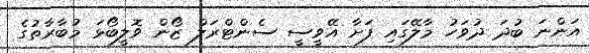
އަންނަ ބުދަ ދުވަހު މާލޭގައި ފަށާ އޭވީސީ ސެންޓްރަލް ޒޯން ވޮލީބޯޅަ މުބާރާތުގެ